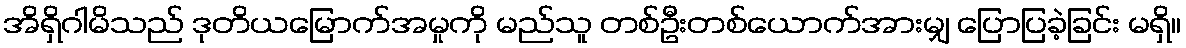
အိရှိဂါမိသည် ဒုတိယမြောက်အမှုကို မည်သူ တစ်ဦးတစ်ယောက်အားမျှ ပြောပြခဲ့ခြင်း မရှိ။